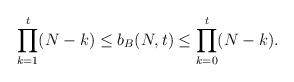
LaTeX: \begin{align*}\prod\limits_{k=1}^{t}(N-k)\leq b_B(N,t)\leq \prod\limits_{k=0}^{t}(N-k).\\\end{align*}